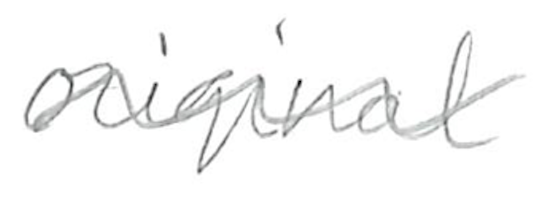
Text: original
Cross-out: wave
Writing tool: pencil